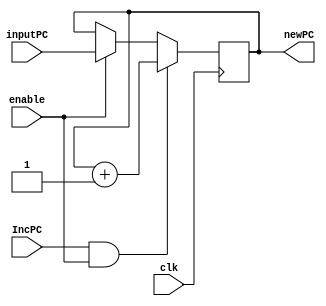
`timescale 1ns / 1ps

module IncPC_op(
  input clk, IncPC, enable,
	input [31:0] inputPC,
	output reg[31:0] newPC
	);
	
always @ (posedge clk)
	begin
		if(IncPC == 1 && enable ==1)
			newPC <= newPC + 1;
		else if (enable == 1)
			newPC <= inputPC;
	end
				
endmodule